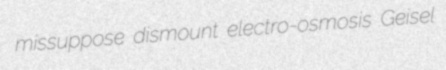
missuppose dismount electro-osmosis Geisel